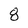
Character: 8